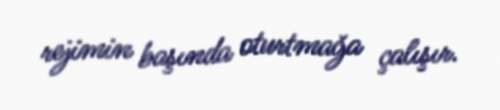
rejimin başında oturtmağa çalışır.